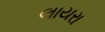
લાયરા